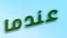
عندما